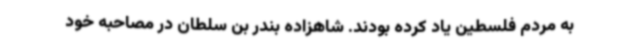
به مردم فلسطین یاد کرده بودند. شاهزاده بندر بن سلطان در مصاحبه خود